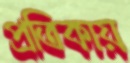
প্রতিকায়